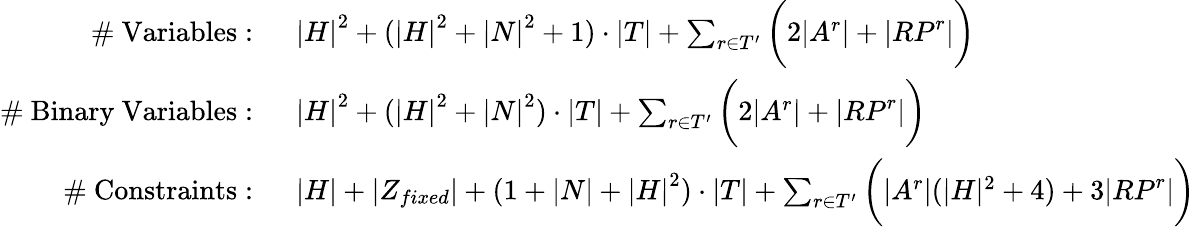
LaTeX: \begin{array}{rl}{\mathrm{\# ~Variables:~}}&{{|H|}^{2}+({|H|}^{2}+{|N|}^{2}+1)\cdot|T|+\sum_{r\in T^{\prime}}\bigg(2|A^{r}|+|{RP}^{r}|\bigg)}\\ {\mathrm{\# ~Binary~Variables:~}}&{{|H|}^{2}+({|H|}^{2}+{|N|}^{2})\cdot|T|+\sum_{r\in T^{\prime}}\bigg(2|A^{r}|+|{RP}^{r}|\bigg)}\\ {\mathrm{\# ~Constraints:~}}&{|H|+|Z_{fixed}|+(1+|N|+{|H|}^{2})\cdot|T|+\sum_{r\in T^{\prime}}\bigg(|A^{r}|(|H|^{2}+4)+3|{RP}^{r}|\bigg)}\end{array}